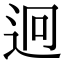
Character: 迥